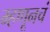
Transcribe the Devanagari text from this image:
म्हणूनचं